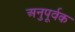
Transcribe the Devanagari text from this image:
अनुपूर्वक